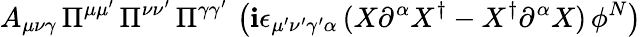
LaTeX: A_{\mu\nu\gamma}\, \Pi^{\mu\mu^{\prime}}\, \Pi^{\nu\nu^{\prime}}\, \Pi^{\gamma\gamma^{\prime}}\, \left(\mathbf{i}\epsilon_{\mu^{\prime}\nu^{\prime}\gamma^{\prime}\alpha}\, (X\partial^{\alpha}X^{\dagger}-X^{\dagger}\partial^{\alpha}X)\, \phi^{N}\right)